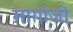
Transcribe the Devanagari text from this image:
मागोजी